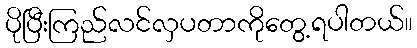
ပိုပြီးကြည်လင်လှပတာကိုတွေ့ရပါတယ်။